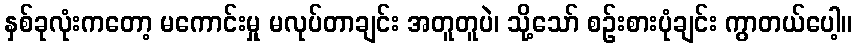
နှစ်ခုလုံးကတော့ မကောင်းမှု မလုပ်တာချင်း အတူတူပဲ၊ သို့သော် စဉ်းစားပုံချင်း ကွာတယ်ပေါ့။